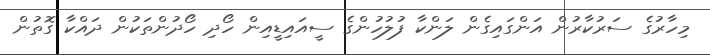
މިހާރުގެ ސަރުކާރުން އަންގައިގެން ލަންކާ ފުލުހުންގެ ސީއައިޑީއިން ހޯދި ހޯދުންތަކުން ދައްކާ ގޮތުން